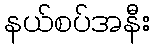
နယ်စပ်အနီး